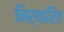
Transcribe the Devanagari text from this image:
निर्थारित